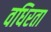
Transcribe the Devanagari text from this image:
वधिरता